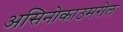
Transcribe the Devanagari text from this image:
असिनोकाउमरोल